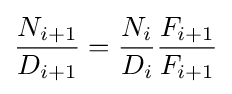
{\frac {N_{i+1}}{D_{i+1}}}={\frac {N_{i}}{D_{i}}}{\frac {F_{i+1}}{F_{i+1}}}